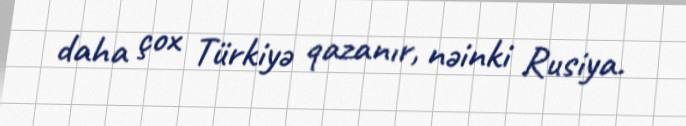
daha çox Türkiyə qazanır, nəinki Rusiya.